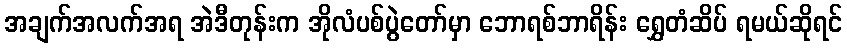
အချက်အလက်အရ အဲဒီတုန်းက အိုလံပစ်ပွဲတော်မှာ ဘောရစ်ဘာရိန်း ရွှေတံဆိပ် ရမယ်ဆိုရင်